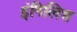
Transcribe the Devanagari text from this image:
इंगिलिश